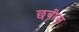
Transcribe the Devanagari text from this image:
छबीस